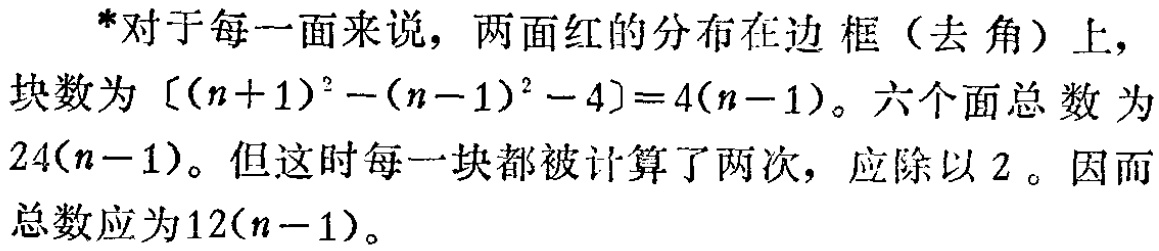
*对于每一面来说，两面红的分布在边框（去角）上，

块数为\([(n + 1)^2-(n - 1)^2-4]=4(n - 1)\)。六个面总数为

\(24(n - 1)\)。但这时每一块都被计算了两次，应除以 \(2\)。因而

总数应为\(12(n - 1)\)。